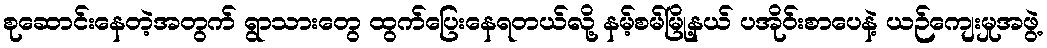
စုဆောင်းနေတဲ့အတွက် ရွာသားတွေ ထွက်ပြေးနေရတယ်လို့ နမ့်စမ်မြို့နယ် ပအိုဝ်းစာပေနဲ့ ယဉ်ကျေးမှုအဖွဲ့